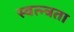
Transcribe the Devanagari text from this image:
स्वत्न्त्रता